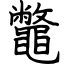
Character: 鼈